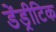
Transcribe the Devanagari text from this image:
डेंड्रीटिक